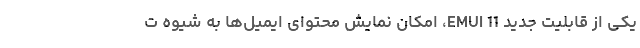
یکی از قابلیت جدید EMUI 11، امکان نمایش محتوای ایمیل‌ها به شیوه ت